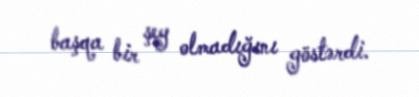
başqa bir şey olmadığını göstərdi.